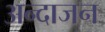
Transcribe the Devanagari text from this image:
अन्दाजन